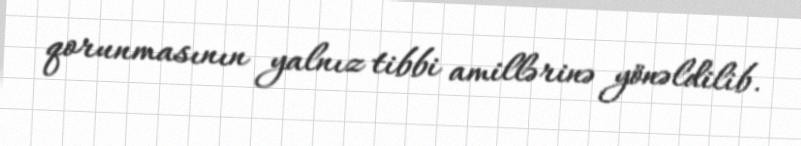
qorunmasının yalnız tibbi amillərinə yönəldilib.